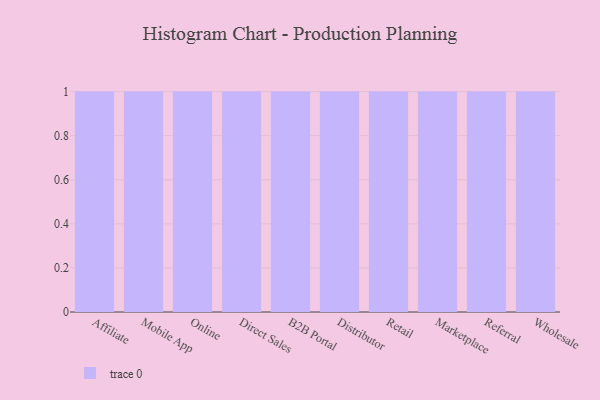
{"axis": {"x": "Channel", "y": "Headcount"}, "legend": [""], "data": [{"x": "Affiliate", "y": 94, "type": ""}, {"x": "Mobile App", "y": 56, "type": ""}, {"x": "Online", "y": 52, "type": ""}, {"x": "Direct Sales", "y": 32, "type": ""}, {"x": "B2B Portal", "y": 57, "type": ""}, {"x": "Distributor", "y": 21, "type": ""}, {"x": "Retail", "y": 100, "type": ""}, {"x": "Marketplace", "y": 55, "type": ""}, {"x": "Referral", "y": 69, "type": ""}, {"x": "Wholesale", "y": 44, "type": ""}]}